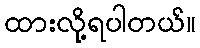
ထားလို့ရပါတယ်။